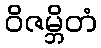
ဝိဇမ္ဘိတံ